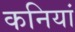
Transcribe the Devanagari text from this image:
कनियां